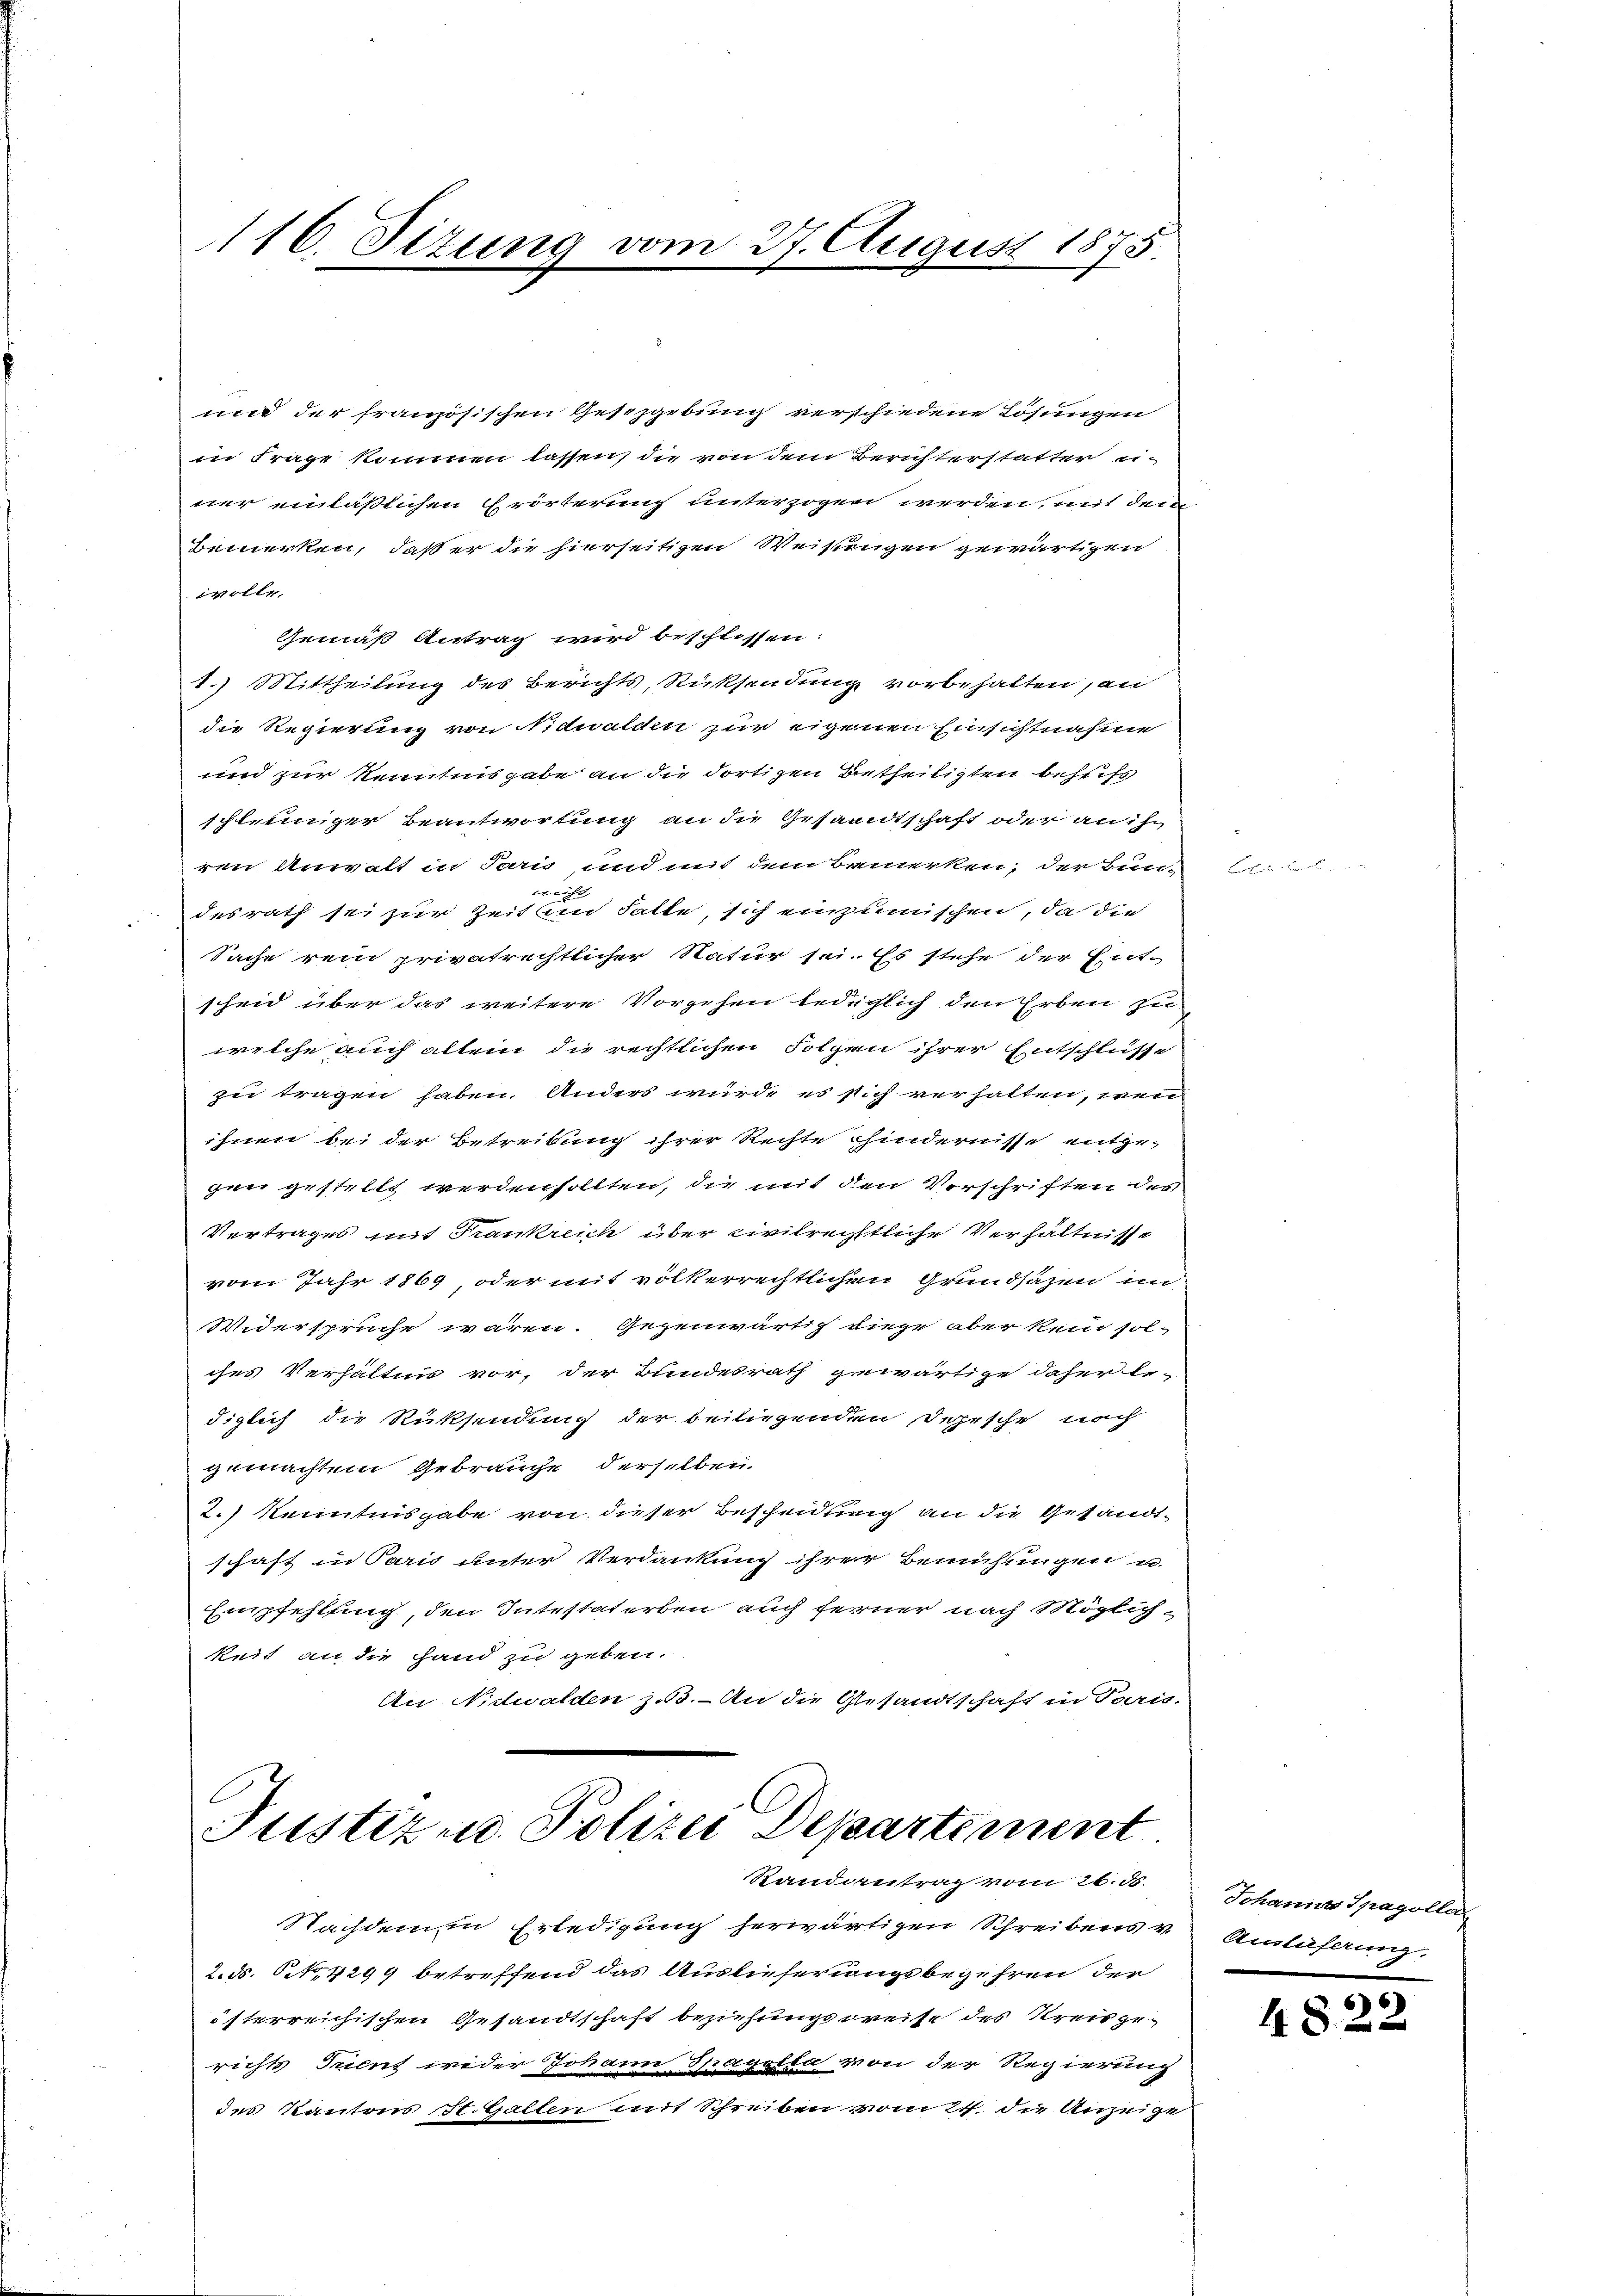
116. Situng vom 27. August 1875

und der französischen Geschgebung verschiedene Lösungen
in Frage kommen lassen, die von dem Berichterstatter u
ner einläßlichen Erörterung unterzogen werden, mit dem
Bemerken, daß er die hierseitigen Weisungen gewärtigen
völte,
Gemäß Antrag wird beschlossen:
1.) Mittheilung des Berichts, Rücksendung vorbehalten, an
die Regierung von Nidwalden zur eigenen Einsichtnahme
un zur Kenntnisgabe an die dortigen Betheiligten bestift
schleiniger Beantwortung an die Gesandtschaft oder an ihn
ren Anwalt in Paris, und mit dem Bemerken, der Bun-

desrath sei zur Zeit an hatte, sich einzumischen, da die
Sache rein privatrechtlicher Natur sei. Es stehe der Ent-
scheid über das weitere Vorgehen bedüchlich den Erben zu
welche auch allein die rechtlichen Folgen ihrer Entschlüsse
zu tragen haben. Anders würde es sich verhalten, wenn
ihnen bei der Betreibung ihrer Rechte hindernisse entgegen gestellt werden sollten, die mit den Verschriften des
Vertrages mit Trankreich über civilrechtliche Verhältnisse
vom Jahr 1869, oder mit völkerrechtlichen Grundsazen in
Niderspruche waren. Gegenwärtig diese aber kein sol-
ches Verhältnis vor, der Bundesrath gewärtige daher be-
diglich die Rücksendung der beiliegenden Dahrsche noch
gemachten Gebrauche derselben.
2.) Kenntnisgabe von dieser Bescheidung an die Gesandtschaft in Paris unter Verdankung ihrer Bemühungen u.
Empfehlung, den Intestaterben auch ferner nach Möglich-
keit an die Hand zu geben.
An Nidwalden zu. - An die Gesandtschaft in Paris-
Justiz u. Polizei Departement

Randantrag vom 26. d. Johannes Spagolla

Nachdem in Erledigung herwärtigen Schreibens v. Anläßerung,
2.d. 6, 4299 betreffend das Auslieferungsbegehren der
österreichischen Gesandtschaft beziehungsweise des Kreisgerichts Tuent weder Johann Spagolta von der Regierung
des Kantons St. Gallen mit Schreiben vom 24. die Anzeige

B

e

4822